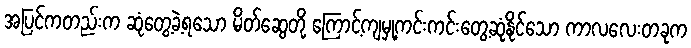
အပြင်ကတည်းက ဆုံတွေ့ခဲ့ရသော မိတ်ဆွေတို့ ကြောင့်ကျမှု့ကင်းကင်းတွေ့ဆုံနိုင်သော ကာလလေးတခုက